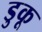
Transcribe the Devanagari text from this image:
डुकू